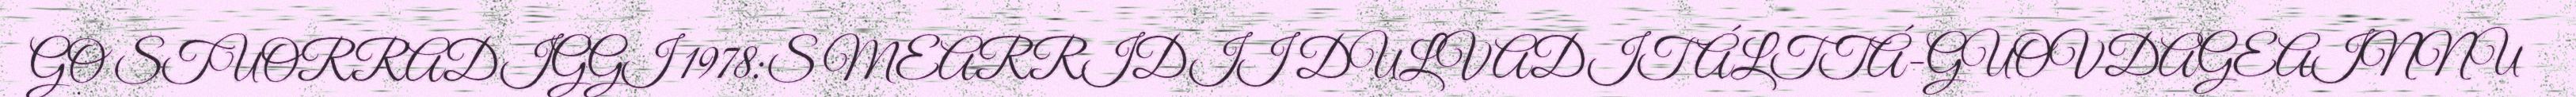
GO STUORRADIGGI 1978:S MEARRIDII DULVADIT ÁLTTÁ-GUOVDAGEAINNU